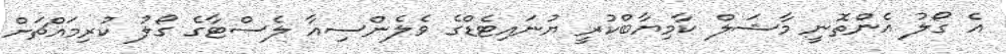
އެ ގޯލު އެންތޮނީ މާޝަލް ކާމިޔާބްކުރީ ޔުނައިޓެޑްގެ ވެލެންސިއާ ލެސްޓާގެ ގޯލު ކުރިމައްޗަށް